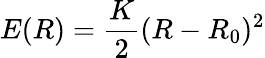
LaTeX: E(R)=\frac{K}{2}(R-R_{0})^{2}